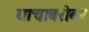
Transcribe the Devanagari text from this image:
याचाबरोबर